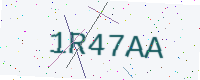
Text: 1R47AA